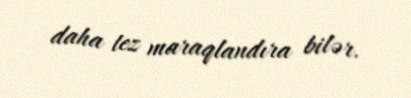
daha tez maraqlandıra bilər.